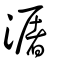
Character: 潳